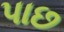
પાછ